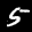
Label: 5